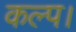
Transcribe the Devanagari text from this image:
कल्प।